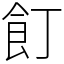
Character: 飣